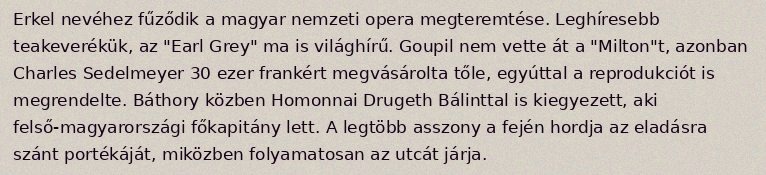
Erkel nevéhez fűződik a magyar nemzeti opera megteremtése. Leghíresebb teakeverékük, az "Earl Grey" ma is világhírű. Goupil nem vette át a "Milton"t, azonban Charles Sedelmeyer 30 ezer frankért megvásárolta tőle, egyúttal a reprodukciót is megrendelte. Báthory közben Homonnai Drugeth Bálinttal is kiegyezett, aki felső-magyarországi főkapitány lett. A legtöbb asszony a fején hordja az eladásra szánt portékáját, miközben folyamatosan az utcát járja.